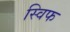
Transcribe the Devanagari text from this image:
स्विफ